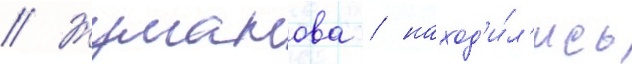
// Жуманова / наход'и́л'ись